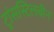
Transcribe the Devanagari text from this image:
ट्रांसस्टिलबीन